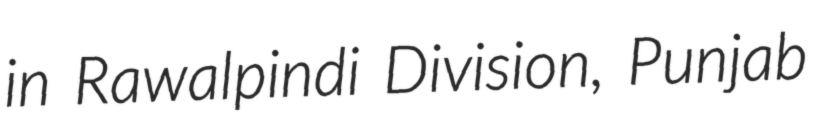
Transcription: in Rawalpindi Division, Punjab